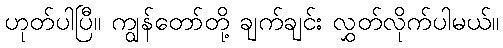
ဟုတ်ပါပြီ။ ကျွန်တော်တို့ ချက်ချင်း လွှတ်လိုက်ပါမယ်။